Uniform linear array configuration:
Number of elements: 12
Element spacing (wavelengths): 0.75
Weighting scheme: blackman
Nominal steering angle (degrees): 0
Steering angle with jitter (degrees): -1.079
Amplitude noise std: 0.05
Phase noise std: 0.05

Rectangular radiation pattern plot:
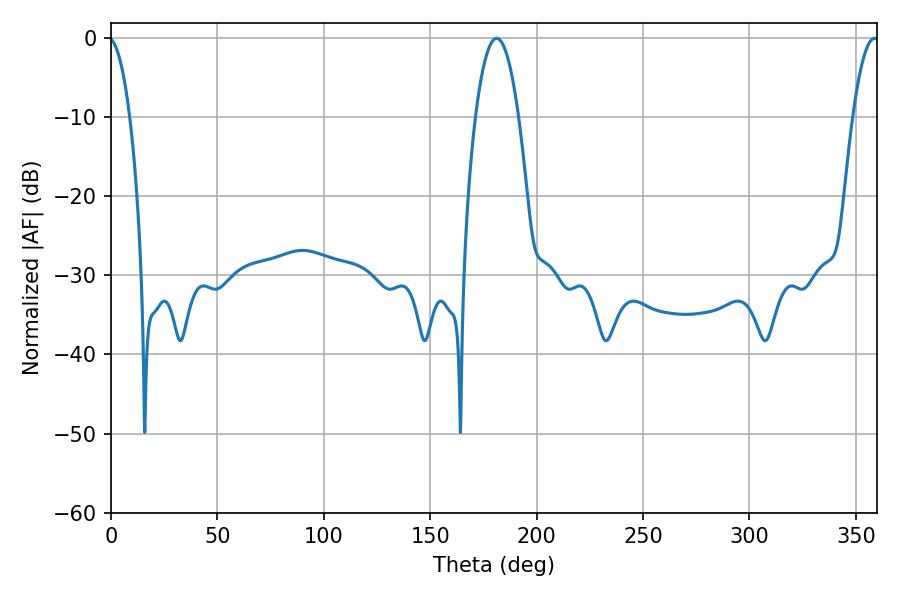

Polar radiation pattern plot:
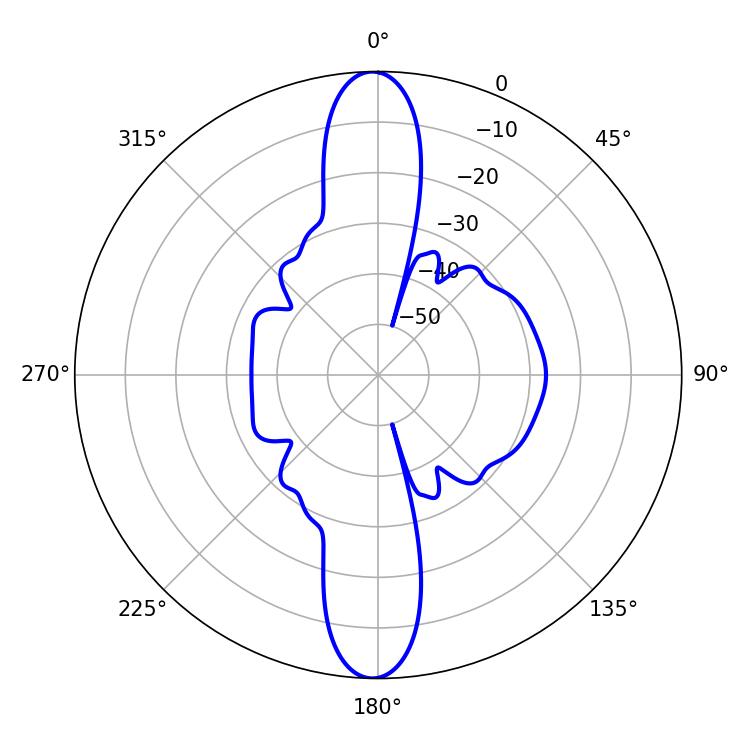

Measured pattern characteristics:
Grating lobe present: TRUE
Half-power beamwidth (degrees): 11.16
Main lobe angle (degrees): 181.26